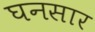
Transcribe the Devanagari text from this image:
घनसार